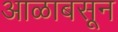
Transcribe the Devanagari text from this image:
आळाबसून